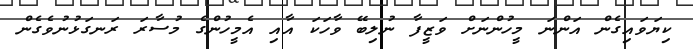
ކިޔަވައިގެން އަންނަ މީހުންނަށް ވަޒީފާ ނުލިބޭ ވާހަކަ އާއި އެމީހުންގެ މުސާރަ ރަނގަޅުނުވެގެން